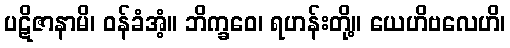
ပဋိဇာနာမိ၊ ဝန်ခံအံ့။ ဘိက္ခဝေ၊ ရဟန်းတို့။ ယေဟိဗလေဟိ၊